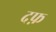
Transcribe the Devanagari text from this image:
दफ़